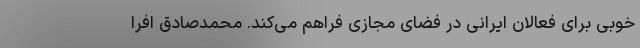
خوبی برای فعالان ایرانی در فضای مجازی فراهم می‌کند. محمدصادق افرا